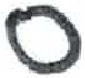
אות: ס